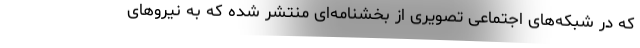
که در شبکه‌های اجتماعی تصویری از بخشنامه‌ای منتشر شده که به نیروهای